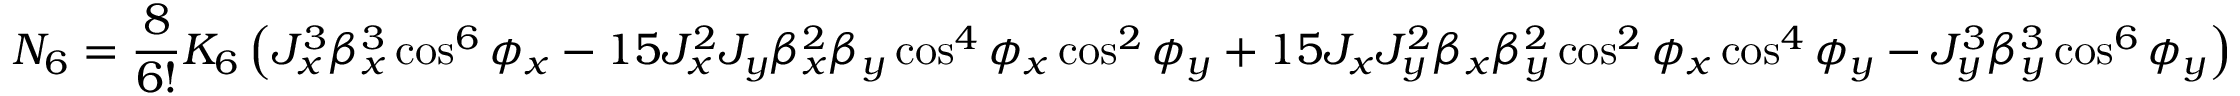
N _ { 6 } = \frac { 8 } { 6 ! } K _ { 6 } \left( J _ { x } ^ { 3 } \beta _ { x } ^ { 3 } \cos ^ { 6 } { \phi _ { x } } - 1 5 J _ { x } ^ { 2 } J _ { y } \beta _ { x } ^ { 2 } \beta _ { y } \cos ^ { 4 } { \phi _ { x } } \cos ^ { 2 } { \phi _ { y } } + 1 5 J _ { x } J _ { y } ^ { 2 } \beta _ { x } \beta _ { y } ^ { 2 } \cos ^ { 2 } { \phi _ { x } } \cos ^ { 4 } { \phi _ { y } } - J _ { y } ^ { 3 } \beta _ { y } ^ { 3 } \cos ^ { 6 } { \phi _ { y } } \right)